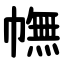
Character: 幠